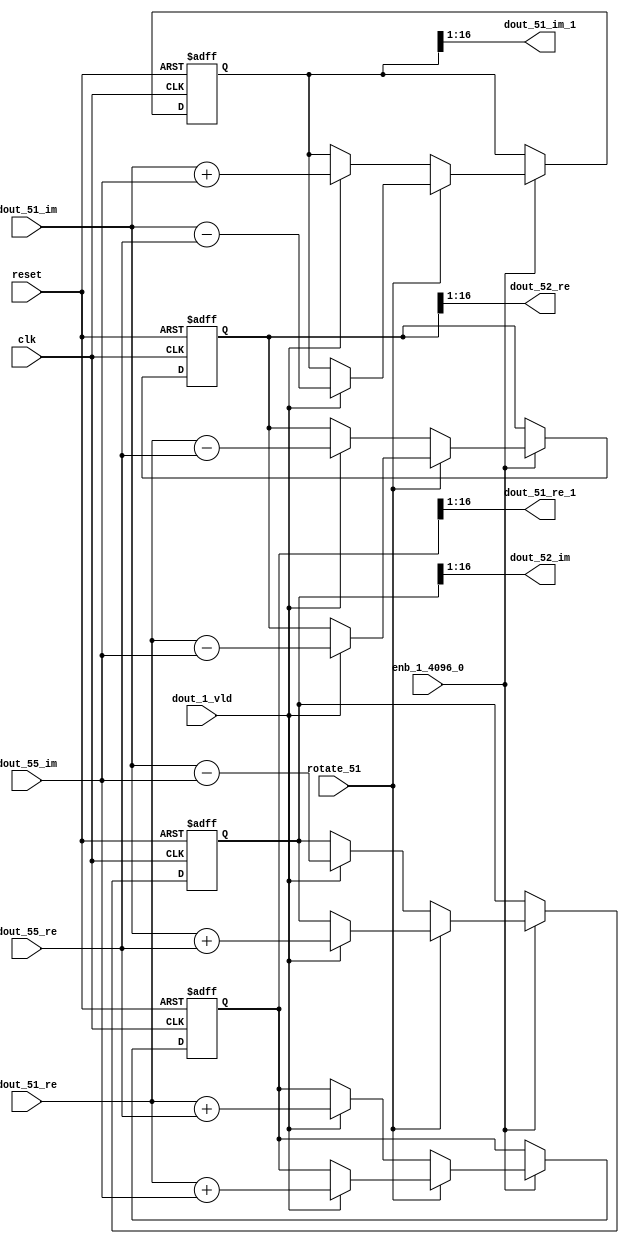
// -------------------------------------------------------------
// 
// 
// Generated by MATLAB 9.14 and HDL Coder 4.1
// 
// -------------------------------------------------------------


// -------------------------------------------------------------
// 
// Module: RADIX22FFT_SDNF2_6_block24
// Source Path: dsphdl.IFFT/RADIX22FFT_SDNF2_6
// Hierarchy Level: 4
// 
// -------------------------------------------------------------

`timescale 1 ns / 1 ns

module RADIX22FFT_SDNF2_6_block24
          (clk,
           reset,
           enb_1_4096_0,
           rotate_51,
           dout_51_re,
           dout_51_im,
           dout_55_re,
           dout_55_im,
           dout_1_vld,
           dout_51_re_1,
           dout_51_im_1,
           dout_52_re,
           dout_52_im);


  input   clk;
  input   reset;
  input   enb_1_4096_0;
  input   rotate_51;  // ufix1
  input   signed [15:0] dout_51_re;  // sfix16_En14
  input   signed [15:0] dout_51_im;  // sfix16_En14
  input   signed [15:0] dout_55_re;  // sfix16_En14
  input   signed [15:0] dout_55_im;  // sfix16_En14
  input   dout_1_vld;
  output  signed [15:0] dout_51_re_1;  // sfix16_En14
  output  signed [15:0] dout_51_im_1;  // sfix16_En14
  output  signed [15:0] dout_52_re;  // sfix16_En14
  output  signed [15:0] dout_52_im;  // sfix16_En14


  reg  Radix22ButterflyG2_NF_din_vld_dly;
  reg signed [16:0] Radix22ButterflyG2_NF_btf1_re_reg;  // sfix17
  reg signed [16:0] Radix22ButterflyG2_NF_btf1_im_reg;  // sfix17
  reg signed [16:0] Radix22ButterflyG2_NF_btf2_re_reg;  // sfix17
  reg signed [16:0] Radix22ButterflyG2_NF_btf2_im_reg;  // sfix17
  reg  Radix22ButterflyG2_NF_din_vld_dly_next;
  reg signed [16:0] Radix22ButterflyG2_NF_btf1_re_reg_next;  // sfix17_En14
  reg signed [16:0] Radix22ButterflyG2_NF_btf1_im_reg_next;  // sfix17_En14
  reg signed [16:0] Radix22ButterflyG2_NF_btf2_re_reg_next;  // sfix17_En14
  reg signed [16:0] Radix22ButterflyG2_NF_btf2_im_reg_next;  // sfix17_En14
  reg signed [15:0] dout_51_re_2;  // sfix16_En14
  reg signed [15:0] dout_51_im_2;  // sfix16_En14
  reg signed [15:0] dout_52_re_1;  // sfix16_En14
  reg signed [15:0] dout_52_im_1;  // sfix16_En14
  reg  dout_6_vld;
  reg signed [16:0] Radix22ButterflyG2_NF_add_cast;  // sfix17_En14
  reg signed [16:0] Radix22ButterflyG2_NF_add_cast_0;  // sfix17_En14
  reg signed [16:0] Radix22ButterflyG2_NF_add_cast_1;  // sfix17_En14
  reg signed [16:0] Radix22ButterflyG2_NF_add_cast_2;  // sfix17_En14
  reg signed [16:0] Radix22ButterflyG2_NF_sub_cast;  // sfix17_En14
  reg signed [16:0] Radix22ButterflyG2_NF_sub_cast_0;  // sfix17_En14
  reg signed [16:0] Radix22ButterflyG2_NF_sub_cast_1;  // sfix17_En14
  reg signed [16:0] Radix22ButterflyG2_NF_sub_cast_2;  // sfix17_En14
  reg signed [16:0] Radix22ButterflyG2_NF_sra_temp;  // sfix17_En14
  reg signed [16:0] Radix22ButterflyG2_NF_add_cast_3;  // sfix17_En14
  reg signed [16:0] Radix22ButterflyG2_NF_add_cast_4;  // sfix17_En14
  reg signed [16:0] Radix22ButterflyG2_NF_add_cast_5;  // sfix17_En14
  reg signed [16:0] Radix22ButterflyG2_NF_add_cast_6;  // sfix17_En14
  reg signed [16:0] Radix22ButterflyG2_NF_sra_temp_0;  // sfix17_En14
  reg signed [16:0] Radix22ButterflyG2_NF_sub_cast_3;  // sfix17_En14
  reg signed [16:0] Radix22ButterflyG2_NF_sub_cast_4;  // sfix17_En14
  reg signed [16:0] Radix22ButterflyG2_NF_sub_cast_5;  // sfix17_En14
  reg signed [16:0] Radix22ButterflyG2_NF_sub_cast_6;  // sfix17_En14
  reg signed [16:0] Radix22ButterflyG2_NF_sra_temp_1;  // sfix17_En14
  reg signed [16:0] Radix22ButterflyG2_NF_sra_temp_2;  // sfix17_En14


  // Radix22ButterflyG2_NF
  always @(posedge clk or posedge reset)
    begin : Radix22ButterflyG2_NF_process
      if (reset == 1'b1) begin
        Radix22ButterflyG2_NF_din_vld_dly <= 1'b0;
        Radix22ButterflyG2_NF_btf1_re_reg <= 17'sb00000000000000000;
        Radix22ButterflyG2_NF_btf1_im_reg <= 17'sb00000000000000000;
        Radix22ButterflyG2_NF_btf2_re_reg <= 17'sb00000000000000000;
        Radix22ButterflyG2_NF_btf2_im_reg <= 17'sb00000000000000000;
      end
      else begin
        if (enb_1_4096_0) begin
          Radix22ButterflyG2_NF_din_vld_dly <= Radix22ButterflyG2_NF_din_vld_dly_next;
          Radix22ButterflyG2_NF_btf1_re_reg <= Radix22ButterflyG2_NF_btf1_re_reg_next;
          Radix22ButterflyG2_NF_btf1_im_reg <= Radix22ButterflyG2_NF_btf1_im_reg_next;
          Radix22ButterflyG2_NF_btf2_re_reg <= Radix22ButterflyG2_NF_btf2_re_reg_next;
          Radix22ButterflyG2_NF_btf2_im_reg <= Radix22ButterflyG2_NF_btf2_im_reg_next;
        end
      end
    end

  always @(Radix22ButterflyG2_NF_btf1_im_reg, Radix22ButterflyG2_NF_btf1_re_reg,
       Radix22ButterflyG2_NF_btf2_im_reg, Radix22ButterflyG2_NF_btf2_re_reg,
       Radix22ButterflyG2_NF_din_vld_dly, dout_1_vld, dout_51_im, dout_51_re,
       dout_55_im, dout_55_re, rotate_51) begin
    Radix22ButterflyG2_NF_add_cast_1 = 17'sb00000000000000000;
    Radix22ButterflyG2_NF_add_cast_2 = 17'sb00000000000000000;
    Radix22ButterflyG2_NF_sub_cast_1 = 17'sb00000000000000000;
    Radix22ButterflyG2_NF_sub_cast_2 = 17'sb00000000000000000;
    Radix22ButterflyG2_NF_add_cast_5 = 17'sb00000000000000000;
    Radix22ButterflyG2_NF_add_cast_6 = 17'sb00000000000000000;
    Radix22ButterflyG2_NF_sub_cast_5 = 17'sb00000000000000000;
    Radix22ButterflyG2_NF_sub_cast_6 = 17'sb00000000000000000;
    Radix22ButterflyG2_NF_add_cast = 17'sb00000000000000000;
    Radix22ButterflyG2_NF_add_cast_0 = 17'sb00000000000000000;
    Radix22ButterflyG2_NF_sub_cast = 17'sb00000000000000000;
    Radix22ButterflyG2_NF_sub_cast_0 = 17'sb00000000000000000;
    Radix22ButterflyG2_NF_add_cast_3 = 17'sb00000000000000000;
    Radix22ButterflyG2_NF_add_cast_4 = 17'sb00000000000000000;
    Radix22ButterflyG2_NF_sub_cast_3 = 17'sb00000000000000000;
    Radix22ButterflyG2_NF_sub_cast_4 = 17'sb00000000000000000;
    Radix22ButterflyG2_NF_btf1_re_reg_next = Radix22ButterflyG2_NF_btf1_re_reg;
    Radix22ButterflyG2_NF_btf1_im_reg_next = Radix22ButterflyG2_NF_btf1_im_reg;
    Radix22ButterflyG2_NF_btf2_re_reg_next = Radix22ButterflyG2_NF_btf2_re_reg;
    Radix22ButterflyG2_NF_btf2_im_reg_next = Radix22ButterflyG2_NF_btf2_im_reg;
    Radix22ButterflyG2_NF_din_vld_dly_next = dout_1_vld;
    if (rotate_51 != 1'b0) begin
      if (dout_1_vld) begin
        Radix22ButterflyG2_NF_add_cast_1 = {dout_51_re[15], dout_51_re};
        Radix22ButterflyG2_NF_add_cast_2 = {dout_55_im[15], dout_55_im};
        Radix22ButterflyG2_NF_btf1_re_reg_next = Radix22ButterflyG2_NF_add_cast_1 + Radix22ButterflyG2_NF_add_cast_2;
        Radix22ButterflyG2_NF_sub_cast_1 = {dout_51_re[15], dout_51_re};
        Radix22ButterflyG2_NF_sub_cast_2 = {dout_55_im[15], dout_55_im};
        Radix22ButterflyG2_NF_btf2_re_reg_next = Radix22ButterflyG2_NF_sub_cast_1 - Radix22ButterflyG2_NF_sub_cast_2;
        Radix22ButterflyG2_NF_add_cast_5 = {dout_51_im[15], dout_51_im};
        Radix22ButterflyG2_NF_add_cast_6 = {dout_55_re[15], dout_55_re};
        Radix22ButterflyG2_NF_btf2_im_reg_next = Radix22ButterflyG2_NF_add_cast_5 + Radix22ButterflyG2_NF_add_cast_6;
        Radix22ButterflyG2_NF_sub_cast_5 = {dout_51_im[15], dout_51_im};
        Radix22ButterflyG2_NF_sub_cast_6 = {dout_55_re[15], dout_55_re};
        Radix22ButterflyG2_NF_btf1_im_reg_next = Radix22ButterflyG2_NF_sub_cast_5 - Radix22ButterflyG2_NF_sub_cast_6;
      end
    end
    else if (dout_1_vld) begin
      Radix22ButterflyG2_NF_add_cast = {dout_51_re[15], dout_51_re};
      Radix22ButterflyG2_NF_add_cast_0 = {dout_55_re[15], dout_55_re};
      Radix22ButterflyG2_NF_btf1_re_reg_next = Radix22ButterflyG2_NF_add_cast + Radix22ButterflyG2_NF_add_cast_0;
      Radix22ButterflyG2_NF_sub_cast = {dout_51_re[15], dout_51_re};
      Radix22ButterflyG2_NF_sub_cast_0 = {dout_55_re[15], dout_55_re};
      Radix22ButterflyG2_NF_btf2_re_reg_next = Radix22ButterflyG2_NF_sub_cast - Radix22ButterflyG2_NF_sub_cast_0;
      Radix22ButterflyG2_NF_add_cast_3 = {dout_51_im[15], dout_51_im};
      Radix22ButterflyG2_NF_add_cast_4 = {dout_55_im[15], dout_55_im};
      Radix22ButterflyG2_NF_btf1_im_reg_next = Radix22ButterflyG2_NF_add_cast_3 + Radix22ButterflyG2_NF_add_cast_4;
      Radix22ButterflyG2_NF_sub_cast_3 = {dout_51_im[15], dout_51_im};
      Radix22ButterflyG2_NF_sub_cast_4 = {dout_55_im[15], dout_55_im};
      Radix22ButterflyG2_NF_btf2_im_reg_next = Radix22ButterflyG2_NF_sub_cast_3 - Radix22ButterflyG2_NF_sub_cast_4;
    end
    Radix22ButterflyG2_NF_sra_temp = Radix22ButterflyG2_NF_btf1_re_reg >>> 8'd1;
    dout_51_re_2 = Radix22ButterflyG2_NF_sra_temp[15:0];
    Radix22ButterflyG2_NF_sra_temp_0 = Radix22ButterflyG2_NF_btf1_im_reg >>> 8'd1;
    dout_51_im_2 = Radix22ButterflyG2_NF_sra_temp_0[15:0];
    Radix22ButterflyG2_NF_sra_temp_1 = Radix22ButterflyG2_NF_btf2_re_reg >>> 8'd1;
    dout_52_re_1 = Radix22ButterflyG2_NF_sra_temp_1[15:0];
    Radix22ButterflyG2_NF_sra_temp_2 = Radix22ButterflyG2_NF_btf2_im_reg >>> 8'd1;
    dout_52_im_1 = Radix22ButterflyG2_NF_sra_temp_2[15:0];
    dout_6_vld = Radix22ButterflyG2_NF_din_vld_dly;
  end



  assign dout_51_re_1 = dout_51_re_2;

  assign dout_51_im_1 = dout_51_im_2;

  assign dout_52_re = dout_52_re_1;

  assign dout_52_im = dout_52_im_1;

endmodule  // RADIX22FFT_SDNF2_6_block24